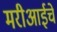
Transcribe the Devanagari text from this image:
मरीआईचे